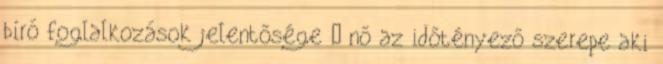
bíró foglalkozások jelentősége – nő az időtényező szerepe aki